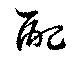
配